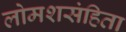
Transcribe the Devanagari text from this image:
लोमशसंहिता